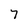
Character: 7